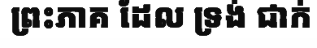
ព្រះភាគ ដែល ទ្រង់ ជាក់